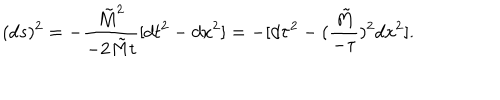
( d s ) ^ { 2 } = - { \frac { { \tilde { M } } ^ { 2 } } { - 2 { \tilde { M } } t } } [ d t ^ { 2 } - d x ^ { 2 } ] = - [ d \tau ^ { 2 } - ( { \frac { \tilde { M } } { - \tau } } ) ^ { 2 } d x ^ { 2 } ] .